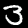
Label: 3